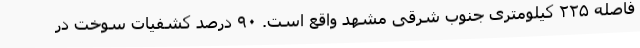
فاصله ۲۲۵ کیلومتری جنوب شرقی مشهد واقع است. ۹۰ درصد کشفیات سوخت در